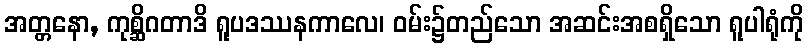
အတ္တနော, ကုစ္ဆိဂတာဒိ ရူပဒဿနကာလေ၊ ဝမ်း၌တည်သော အဆင်းအစရှိသော ရူပါရုံကို